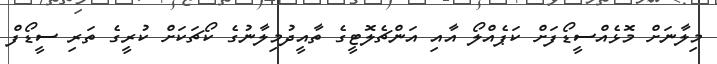
މިލާނަށް މޮޅެއްސީޑޯފަށް ކަޕެއްލޯ އާއި އަންޗެލޮޓީގެ ތާއީދުމިލާނުގެ ކޯޗަކަށް ކުރީގެ ތަރި ސީޑޯފް